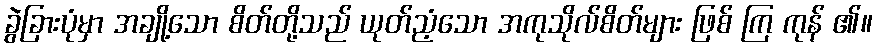
ခွဲခြားပုံမှာ အချို့သော စိတ်တို့သည် ယုတ်ညံ့သော အကုသိုလ်စိတ်များ ဖြစ် ကြ ကုန် ၏။